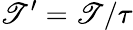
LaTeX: \mathscr{T}^{\prime}=\mathscr{T}/\tau